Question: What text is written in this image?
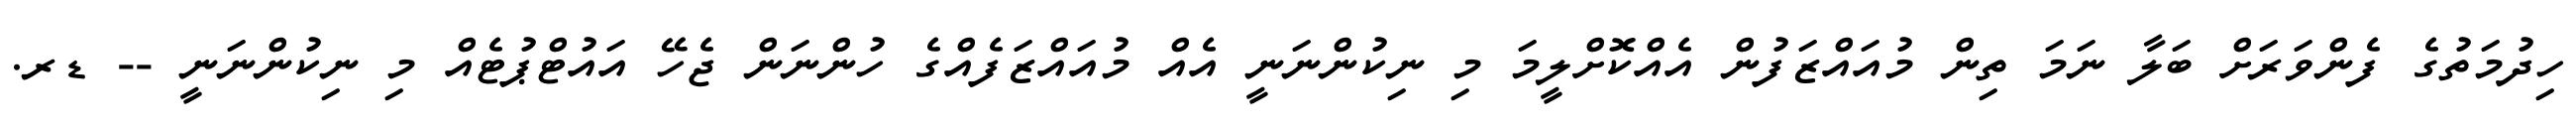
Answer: ހިދުމަތުގެ ފެންވަރަށް ބަލާ ނަމަ ތިން މުއައްޒަފުން އެއްކޮށްލީމަ މި ނިކުންނަނީ އެއް މުއައްޒަފެއްގެ ހުންނަން ޖެހޭ އައުޓްޕުޓެއް މި ނިކުންނަނީ -- ޑރ.